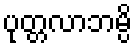
ပုတ္တလာဘမ္ပိ